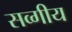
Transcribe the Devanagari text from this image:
सव्गीय